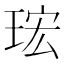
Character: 𤥠